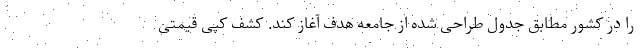
را در کشور مطابق جدول طراحی شده از جامعه هدف آغاز کند. کشف کپی قیمتی